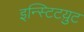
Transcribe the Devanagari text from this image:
इन्स्टिटय़ुट